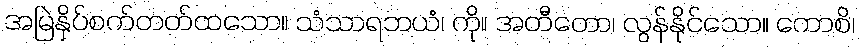
အမြဲနှိပ်စက်တတ်ထသော။ သံသာရဘယံ၊ ကို။ အတီတော၊ လွန်နိုင်သော။ ကောစိ၊